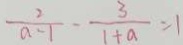
\frac { 2 } { a - 1 } - \frac { 3 } { 1 + a } = 1